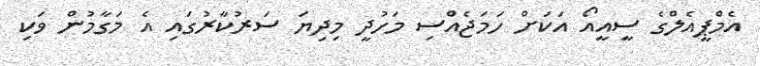
އެމްޕީއެލްގެ ސީއީއޯ އަކަށް ހަމަޖެއްސި މަހުދީ މިދިޔަ ސަރުކާރުގައި އެ މަގާމުން ވަކި